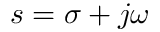
s = \sigma + j \omega